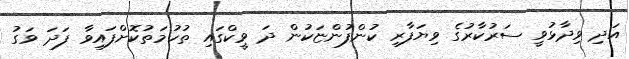
އަދި ވިދާޅުވީ ސަރުކާރުގެ ވިޔަފާރި ކުންފުންޏަކުން ދަ ވީކްގައި ތުހުމަތުކޮށްފައިވާ ފަދަ ވަގު